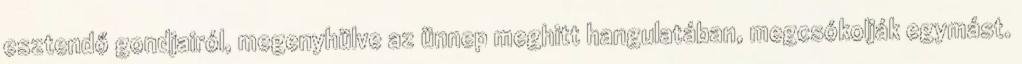
esztendő gondjairól, megenyhülve az ünnep meghitt hangulatában, megcsókolják egymást.